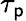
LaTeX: \tau_{\mathsf{p}}